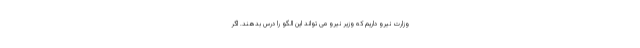
وزارت نیرو داریم که وزیر نیرو می تواند این الگو را درس بدهند. اگر